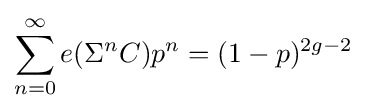
\sum _{n=0}^{\infty }e(\Sigma ^{n}C)p^{n}=(1-p)^{2g-2}